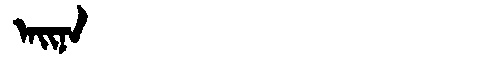
Manchu: ᠠᡳᠨᠠ
Romanization: AINA